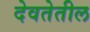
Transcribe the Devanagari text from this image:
देवतेतील